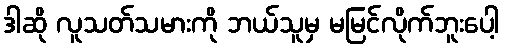
ဒါဆို လူသတ်သမားကို ဘယ်သူမှ မမြင်လိုက်ဘူးပေါ့